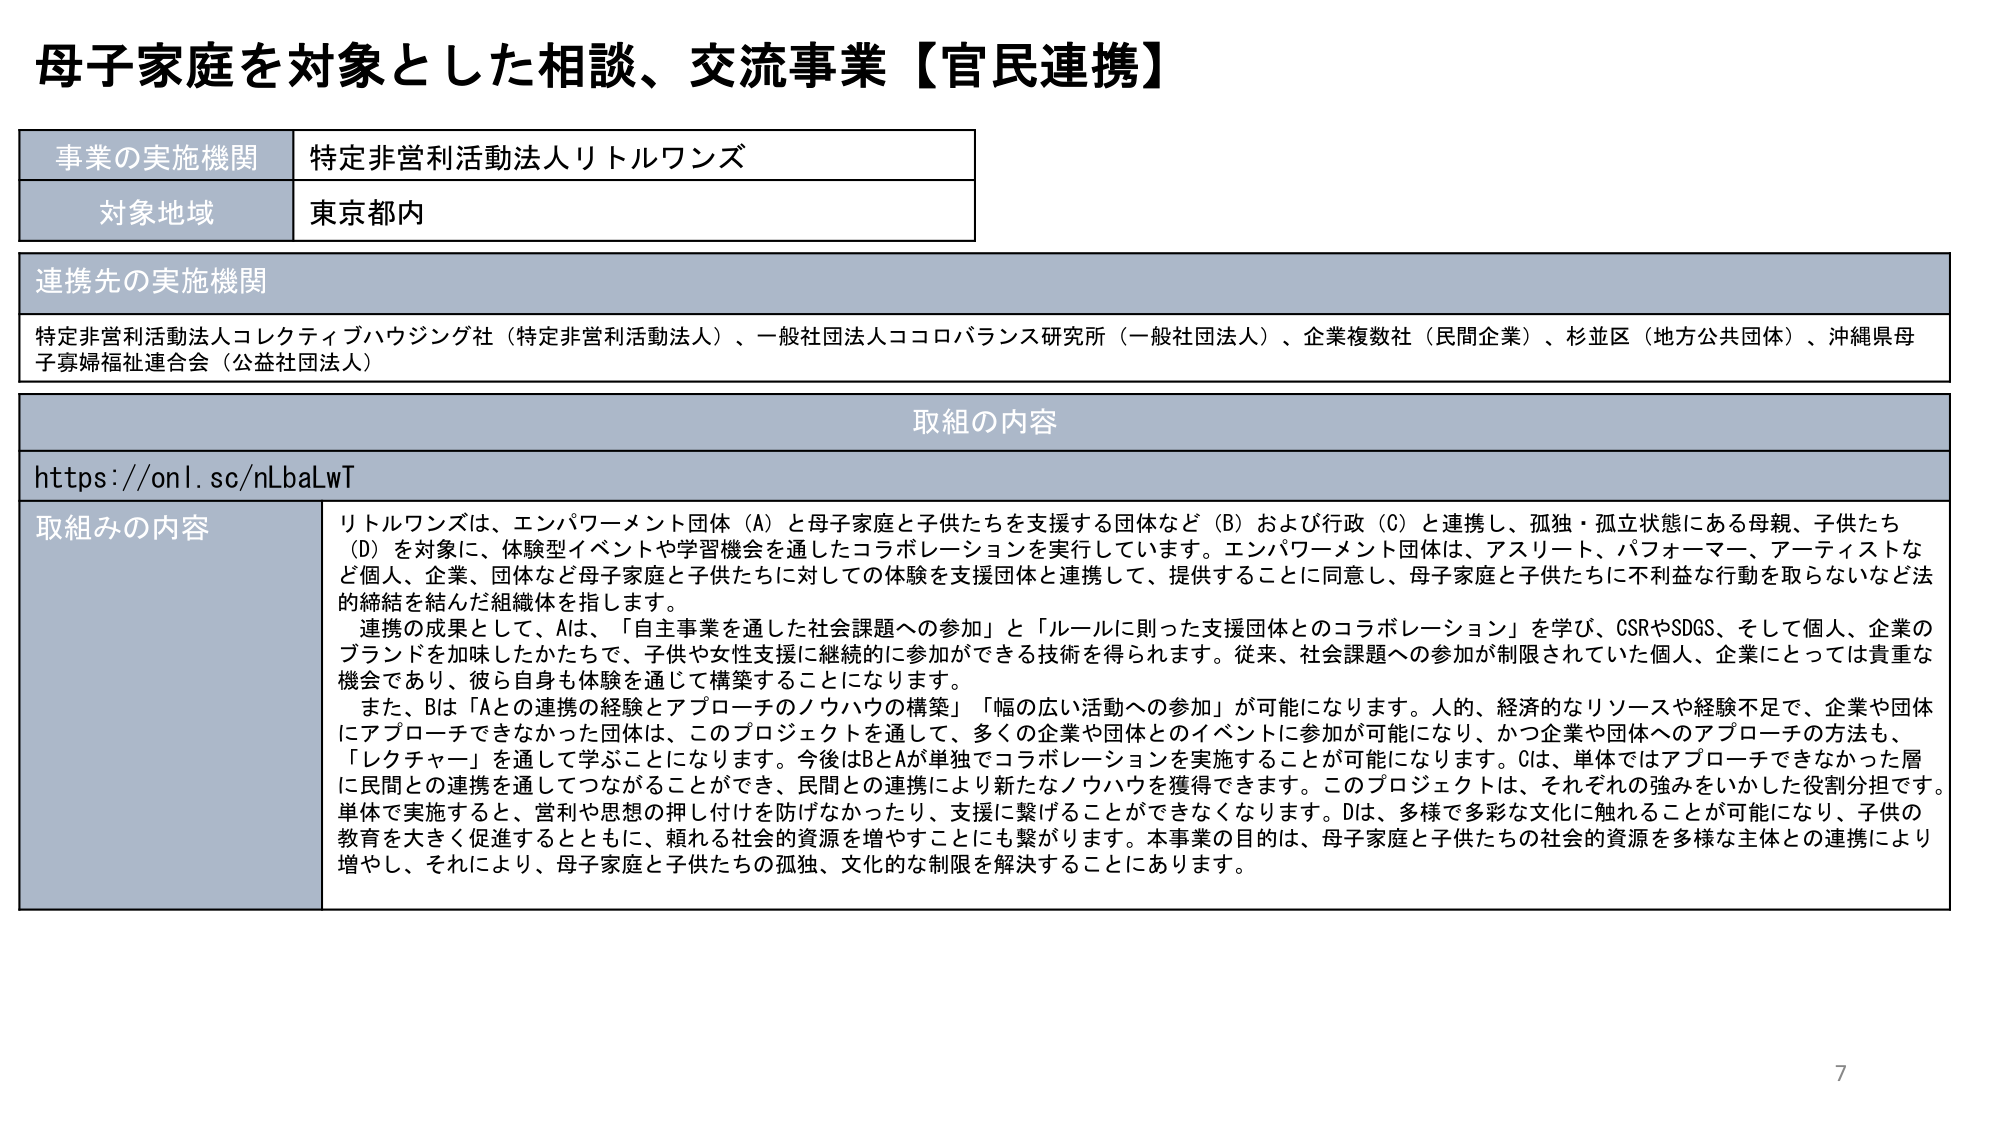
母子家庭を対象とした相談、交流事業【官民連携】

事業の実施機関 特定非営利活動法人リトルワンズ
対象地域 東京都内

連携先の実施機関
特定非営利活動法人コレクティブハウジング社（特定非営利活動法人）、一般社団法人ココロバランス研究所（一般社団法人）、企業複数社（民間企業）、杉並区（地方公共団体）、沖縄県母子寡婦福祉連合会（公益社団法人）

取組の内容
https://onl.sc/nLbaLwT

取組みの内容
リトルワンズは、エンパワーメント団体（A）と母子家庭と子供たちを支援する団体など（B）および行政（C）と連携し、孤独・孤立状態にある母親、子供たち（D）を対象に、体験型イベントや学習機会を通したコラボレーションを実行しています。エンパワーメント団体は、アスリート、パフォーマー、アーティストなど個人、企業、団体など母子家庭と子供たちに対しての体験を支援団体と連携して、提供することに同意し、母子家庭と子供たちに不利益な行動を取らないなど法的締結を結んだ組織体を指します。
連携の成果として、Aは、「自主事業を通した社会課題への参加」と「ルールに則った支援団体とのコラボレーション」を学び、CSRやSDGS、そして個人、企業のブランドを加味したかたちで、子供や女性支援に継続的に参加ができる技術を得られます。従来、社会課題への参加が制限されていた個人、企業にとっては貴重な機会であり、彼ら自身も体験を通して構築することになります。
また、Bは「Aとの連携の経験とアプローチのノウハウの構築」「幅の広い活動への参加」が可能になります。人的、経済的なリソースや経験不足で、企業や団体にアプローチできなかった団体は、このプロジェクトを通して、多くの企業や団体とのイベントに参加が可能になり、かつ企業や団体へのアプローチの方法も、「レクチャー」を通して学ぶことになります。今後はBとAが単独でコラボレーションを実施することが可能になります。Cは、単体ではアプローチできなかった層に民間との連携を通してつながることができ、民間との連携により新たなノウハウを獲得できます。このプロジェクトは、それぞれの強みをいかした役割分担です。単体で実施すると、営利や思想の押し付けを防げなかったり、支援に繋げることができなくなります。Dは、多様で多彩な文化に触れることができるようになり、子供の教育を大きく促進するとともに、頼れる社会的資源を増やすことにも繋がります。本事業の目的は、母子家庭と子供たちの社会的資源を多様な主体との連携により増やし、それにより、母子家庭と子供たちの孤独、文化的な制限を解決することにあります。

7